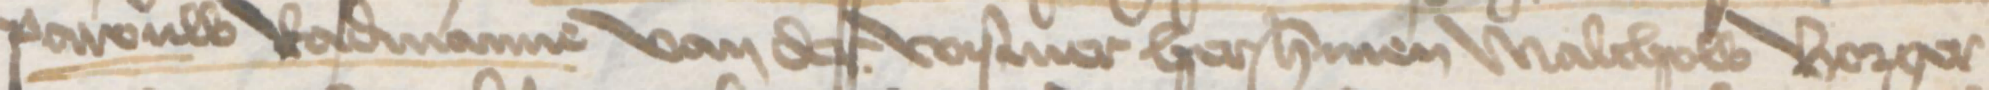
Pawouw Radmanne van der Wismer her Hermen Malchow Borger¬